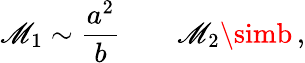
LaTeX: \mathscr{M}_{1}\sim{\frac{{a^{2}}}{{b}}}\qquad\mathscr{M}_{2}\simb\, ,